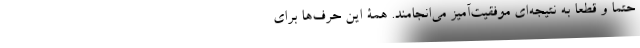
حتماً و قطعاً به نتیجه‌ای موفقیت‌آمیز می‌انجامند. همۀ این حرف‌ها برای